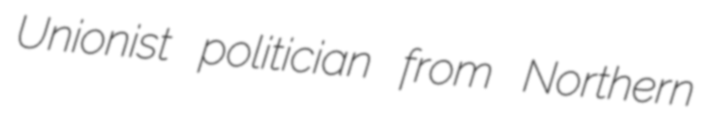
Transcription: Unionist politician from Northern